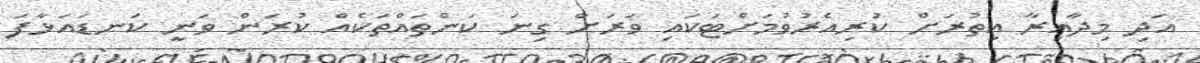
އަދި މިދާއިރާ އިތުރަށް ކުރިއެރުވުމަށްޓަކައި ވަރަށް ގިނަ ކަންތައްތަކެއް ކުރަން ވަނީ ކަނޑައަޅާފަ